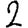
Digit: 2